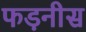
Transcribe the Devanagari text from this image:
फड़नीस